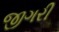
જીગરી